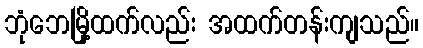
ဘုံဘေမြို့ထက်လည်း အထက်တန်းကျသည်။